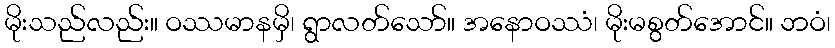
မိုးသည်လည်း။ ဝဿမာနမှိ၊ ရွာလတ်သော်။ အနောဝဿံ၊ မိုးမစွတ်အောင်။ ဘဝံ၊